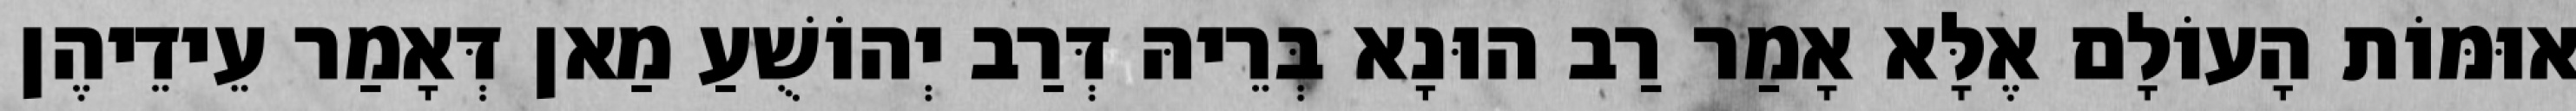
אוּמּוֹת הָעוֹלָם אֶלָּא אָמַר רַב הוּנָא בְּרֵיהּ דְּרַב יְהוֹשֻׁעַ מַאן דְּאָמַר עֵידֵיהֶן